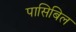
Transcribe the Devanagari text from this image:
पासिबिल